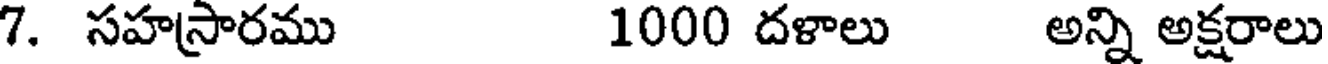
7. సహస్రారము 1000 దళాలు అన్ని అక్షరాలు